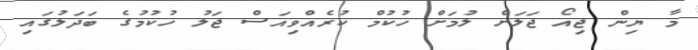
މާ ޔިން ޖިއޯ ޖަލަށް ލުމަށް ހުކުމް ކުރެއްވިއަސް ޖަލު ހުކުމުގެ ބަދަލުގައި